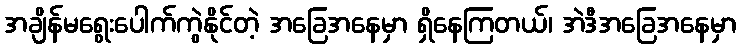
အချိန်မရွေးပေါက်ကွဲနိုင်တဲ့ အခြေအနေမှာ ရှိနေကြတယ်၊ အဲဒီအခြေအနေမှာ